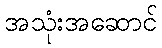
အသုံးအဆောင်